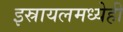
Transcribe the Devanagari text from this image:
इस्रायलमध्येही